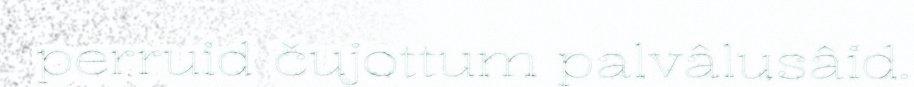
perruid čujottum palvâlusâid.